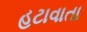
હટાવાતા